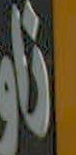
زي